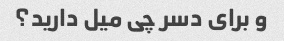
و برای دسر چی میل دارید؟